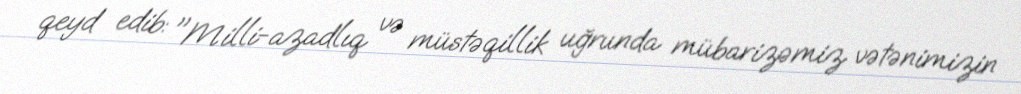
qeyd edib: "Milli-azadlıq və müstəqillik uğrunda mübarizəmiz vətənimizin